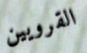
القرويين